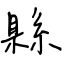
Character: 縣